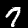
Digit: 7